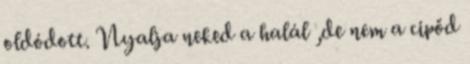
oldódott. Nyalja neked a halál ,de nem a cipőd